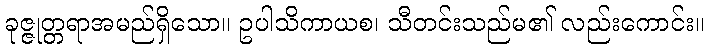
ခုဇ္ဇုတ္တရာအမည်ရှိသော။ ဥပါသိကာယစ၊ သီတင်းသည်မ၏ လည်းကောင်း။